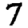
Digit: 7